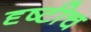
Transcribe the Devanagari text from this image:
दृष्टीच